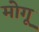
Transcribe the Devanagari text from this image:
मोगू